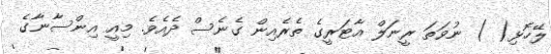
ލޭހޮޅި( ) ނުވަތަ ރީނަލް އާޓަރީގެ ތެރެއިން ގެނެސް ދެއެވެ. މިއީ އިންސާނާގެ